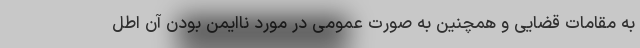
به مقامات قضایی و همچنین به صورت عمومی در مورد ناایمن بودن آن اطل